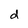
Character: d